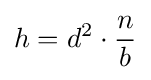
h=d^{2}\cdot {\frac {n}{b}}